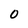
Character: 0